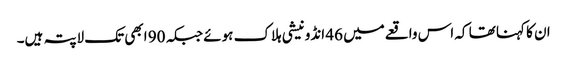
ان کا کہنا تھا کہ اس واقعےمیں 46 انڈونیشی ہلاک ہوئے جبکہ 90 ابھی تک لاپتہ ہیں۔